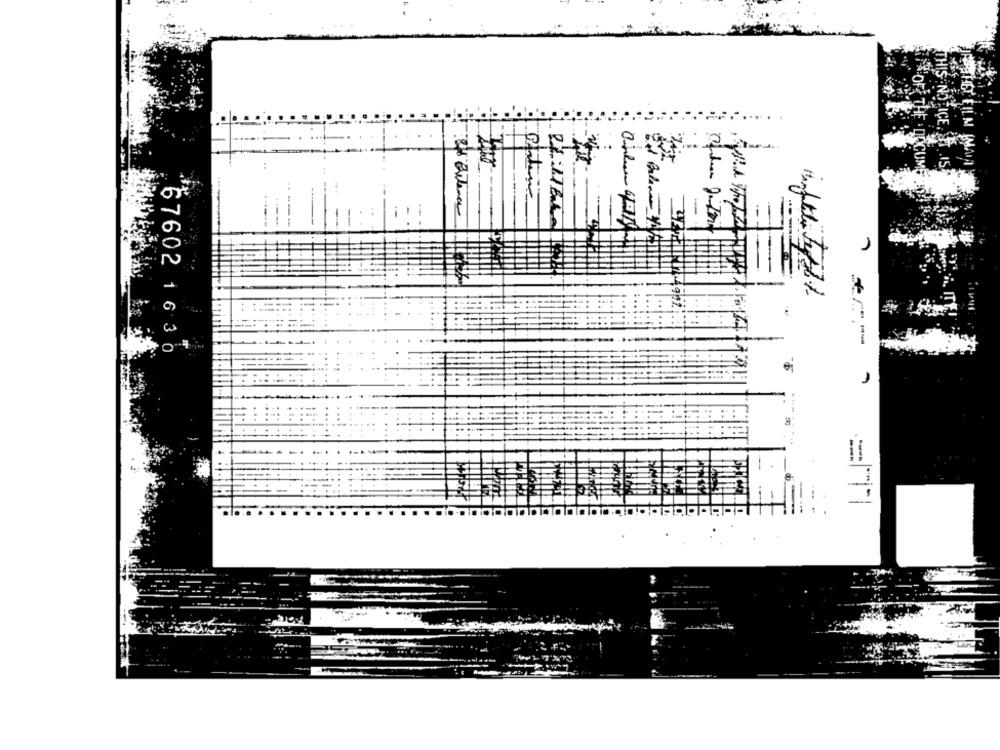
ر
94711124
:67602 1630
-